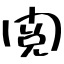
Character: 閲